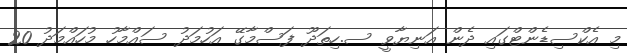
މި އެކްސިޑެންޓްގައި ދެން އަނިޔާވީ ސ.ހިތަދޫ ފަސްމާގޭ އަހުމަދު ސައްމާހު މުހައްމަދު 20